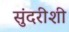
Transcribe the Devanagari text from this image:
सुंदरीशी